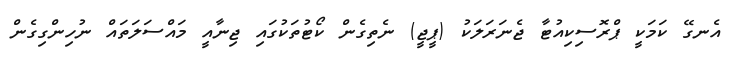
އެނގޭ ކަމަކީ ޕްރޮސިކިއުޓާ ޖެނަރަލަކު (ޕީޖީ) ނެތިގެން ކޯޓުތަކުގައި ޖިނާއީ މައްސަލަތައް ނުހިންގިގެން